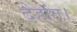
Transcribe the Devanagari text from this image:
देहांत।